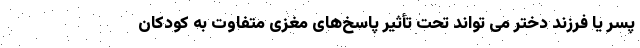
پسر یا فرزند دختر می تواند تحت تأثیر پاسخ‌های مغزی متفاوت به کودکان